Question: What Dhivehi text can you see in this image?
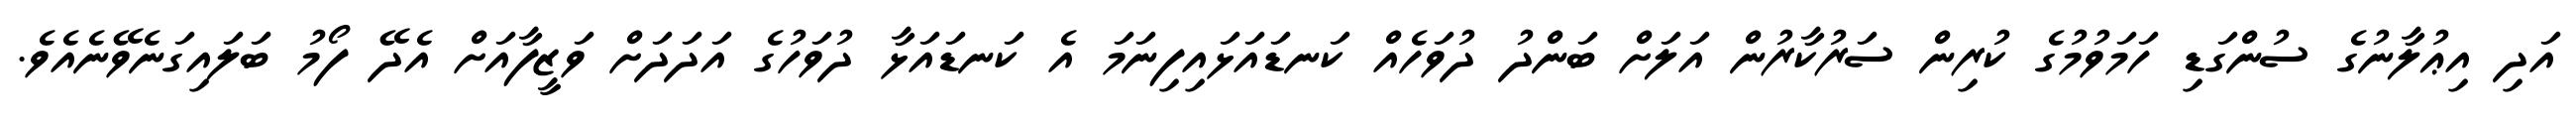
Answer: އަދި އިޢުލާނުގެ ސުންގަޑި ހަމަވުމުގެ ކުރިން ސަރުކާރުން އަލަށް ބަންދު ދުވަހެއް ކަނޑައަޅައިފިނަމަ އެ ކަނޑައަޅާ ދުވަހުގެ އަދަދަށް ވަޒީފާއަށް އެދޭ ފޯމު ބަލައިގަނެވޭނެއެވެ.